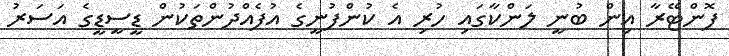
ފޮންޓޭރާ އިން ބުނީ ލަންކާގައި ހުރި އެ ކުންފުނީގެ އުފެއްދުންތަކުން ޑީސީޑީގެ އަސަރު